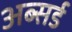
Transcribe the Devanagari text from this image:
अब्सर्ड